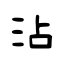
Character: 沾